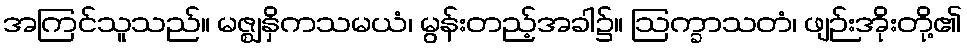
အကြင်သူသည်။ မဇ္ဈနှိကသမယံ၊ မွန်းတည့်အခါ၌။ ဩက္ခာသတံ၊ ဖျဉ်းအိုးတို့၏